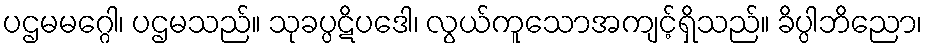
ပဌမမဂ္ဂေါ၊ ပဌမသည်။ သုခပ္ပဋိပဒေါ၊ လွယ်ကူသောအကျင့်ရှိသည်။ ခိပ္ပါဘိညော၊